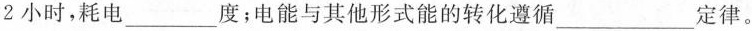
2小时，耗电___度；电能与其他形式能的转化遵循___定律。